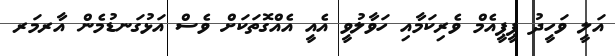
އަލީ ވަހީދު ޕީޕީއެމް ވެރިކަމާއި ހަވާލުވީ އެއީ އެއްގޮތަކަށް ވެސް އަޅުގަނޑުމެން އާރމަރ